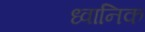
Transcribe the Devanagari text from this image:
ध्‍वानिक